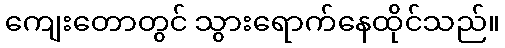
ကျေးတောတွင် သွားရောက်နေထိုင်သည်။